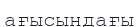
ағысындағы